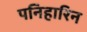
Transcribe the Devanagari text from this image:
पनिहारिन